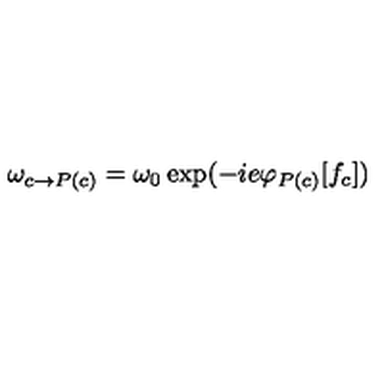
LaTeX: \omega _ { c \rightarrow P ( c ) } = \omega _ { 0 } \exp ( - i e \varphi _ { P ( c ) } [ f _ { c } ] )